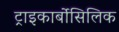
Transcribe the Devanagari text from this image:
ट्राइकार्बोसिलिक